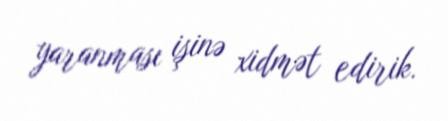
yaranması işinə xidmət edirik.